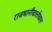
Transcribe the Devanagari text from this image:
राजधानीखालोखाल